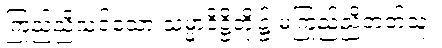
ကြည်ညိုသင့်သော သမ္မာဒိဋ္ဌိတို့၌ မကြည်ညိုတတ်သူ။